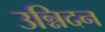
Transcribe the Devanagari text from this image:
उन्निदन